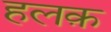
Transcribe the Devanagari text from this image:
हलक़